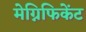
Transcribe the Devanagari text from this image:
मेग्निफिकेंट